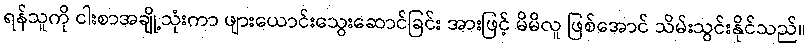
ရန်သူကို ငါးစာအချို့သုံးကာ ဖျားယောင်းသွေးဆောင်ခြင်း အားဖြင့် မိမိလူ ဖြစ်အောင် သိမ်းသွင်းနိုင်သည်။